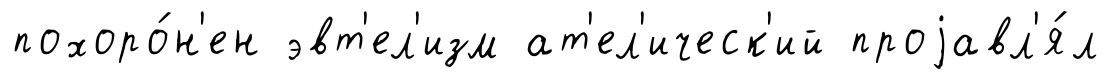
похоро́н'ен эвт'ел'изм ат'ел'ическ'ий проjавл'я́л